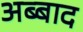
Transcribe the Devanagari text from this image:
अब्बाद